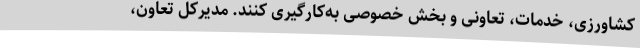
کشاورزی، خدمات، تعاونی و بخش خصوصی به‌کارگیری کنند. مدیرکل تعاون،